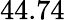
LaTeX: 44.74